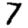
Digit: 7